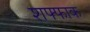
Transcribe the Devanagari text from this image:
शफ्फाक